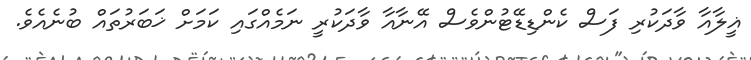
ޣީލާއާ ވާދަކުރި ފަސް ކެންޑިޑޭޓުންވެސް އޭނާއާ ވާދަކުރީ ނަމެއްގައި ކަމަށް ޚަބަރުތައް ބުނެއެވެ.